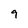
Character: 9